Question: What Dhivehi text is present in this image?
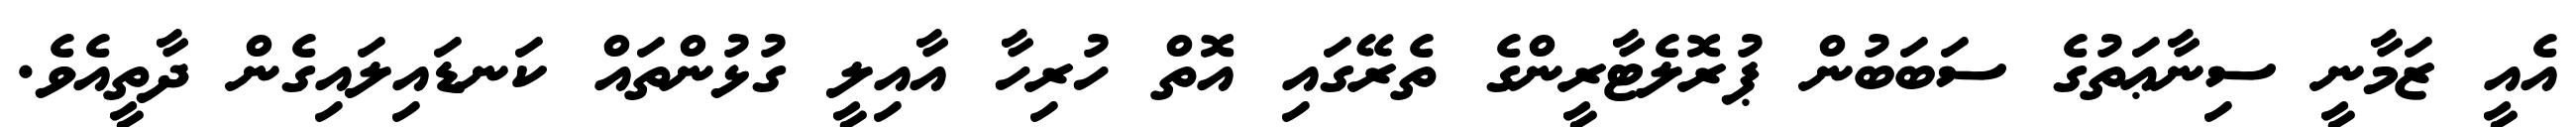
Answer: އެއީ ޒަމާނީ ސިނާޢަތުގެ ސަބަބުން ޕުރޮލެޓާރީންގެ ތެރޭގައި އޮތް ހުރިހާ އާއިލީ ގުޅުންތައް ކަނޑައިލައިގެން ދާތީއެވެ.